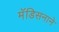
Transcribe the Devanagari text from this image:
मॅडिसनाने